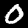
Digit: 0